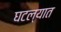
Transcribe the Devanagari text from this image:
घटल्यात